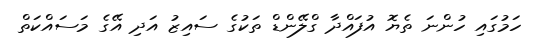
ހަމުގައި ހުންނަ ތެޔޮ އުފައްދާ ގްލޭންޑް ތަކުގެ ސައިޒު އަދި އޭގެ މަސައްކަތް